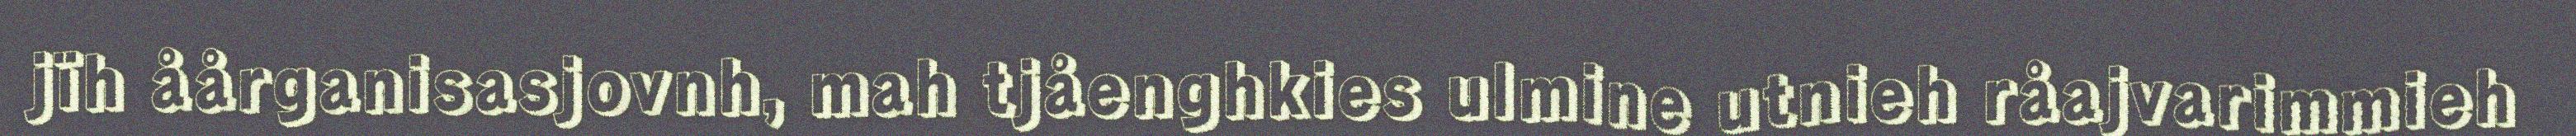
jïh åårganisasjovnh, mah tjåenghkies ulmine utnieh råajvarimmieh